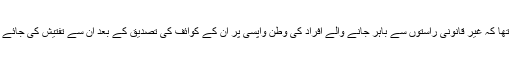
رواں ہفتے منگل کو میڈیا کے نمائندوں سے گفتگو کرتے ہوئے چوہدری نثار نے کہا تھا کہ غیر قانونی راستوں سے باہر جانے والے افراد کی وطن واپسی پر ان کے کوائف کی تصدیق کے بعد ان سے تفتیش کی جائے گی اور انہیں باہر بھیجنے والے انسانی اسمگلروں کے خلاف کارروائی کی جائے گی۔